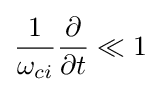
{\frac {1}{\omega _{ci}}}{\frac {\partial }{\partial t}}\ll 1